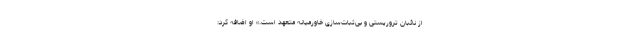
از نائبان تروریستی و بی‌ثبات‌سازی خاورمیانه متعهد است.» او اضافه کرد: